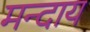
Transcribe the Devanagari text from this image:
मन्दाय